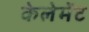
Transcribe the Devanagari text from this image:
केलेमेंट